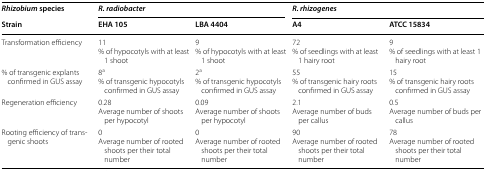
<table><thead><tr><td><b><i>Rhizobium</i> species</b></td><td colspan="2"><b><i>R. radiobacter</i></b></td><td colspan="2"><b><i>R. rhizogenes</i></b></td></tr><tr><td><b>Strain</b></td><td><b>EHA 105</b></td><td><b>LBA 4404</b></td><td><b>A4</b></td><td><b>ATCC 15834</b></td></tr></thead><tbody><tr><td>Transformation efficiency</td><td>11% of hypocotyls with at least 1 shoot</td><td>9% of hypocotyls with at least 1 shoot</td><td>72% of seedlings with at least 1 hairy root</td><td>9% of seedlings with at least 1 hairy root</td></tr><tr><td>% of transgenic explants confirmed in GUS assay</td><td>8<sup>a</sup>% of transgenic hypocotyls confirmed in GUS assay</td><td>2<sup>a</sup>% of transgenic hypocotyls confirmed in GUS assay</td><td>55% of transgenic hairy roots confirmed in GUS assay</td><td>15% of transgenic hairy roots confirmed in GUS assay</td></tr><tr><td>Regeneration efficiency</td><td>0.28Average number of shoots per hypocotyl</td><td>0.09Average number of shoots per hypocotyl</td><td>2.1Average number of buds per callus</td><td>0.5Average number of buds per callus</td></tr><tr><td>Rooting efficiency of transgenic shoots</td><td>0Average number of rooted shoots per their total number</td><td>0Average number of rooted shoots per their total number</td><td>90Average number of rooted shoots per their total number</td><td>78Average number of rooted shoots per their total number</td></tr></tbody></table>